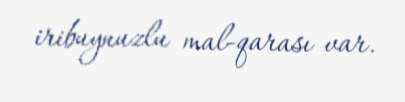
iribuynuzlu mal-qarası var.